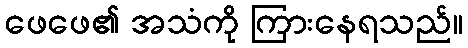
ဖေဖေ၏ အသံကို ကြားနေရသည်။